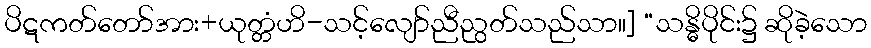
ပိဋကတ်တော်အား+ယုတ္တံဟိ-သင့်လျော်ညီညွတ်သည်သာ။] “သန္ဓိပိုင်း၌ ဆိုခဲ့သော